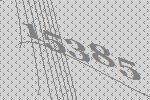
15385